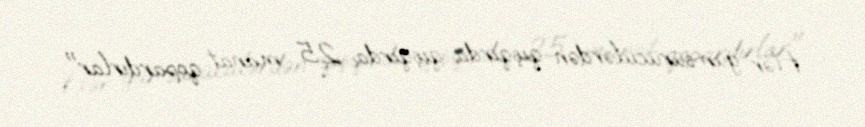
Hər gün sürücülərdən qışqırda-qışqırda 25 manat qopardırlar".